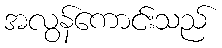
အလွန်ကောင်းသည်